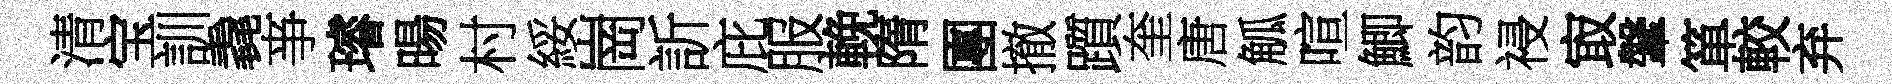
清宝訓毳亊璿暘村綏崗訢庇服輓隋團撤躓奎唐觚喧鯽韵祲㝡鞶箪較弃